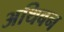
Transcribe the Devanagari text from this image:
अथिबन